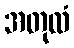
အတုလံ